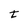
Character: t